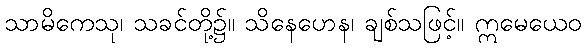
သာမိကေသု၊ သခင်တို့၌။ သိနေဟေန၊ ချစ်သဖြင့်။ ဣမေယေဝ